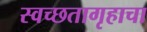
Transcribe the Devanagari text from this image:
स्वच्छतागृहाचा